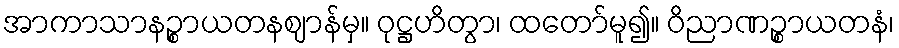
အာကာသာနဉ္စာယတနဈာန်မှ။ ဝုဋ္ဌဟိတွာ၊ ထတော်မူ၍။ ဝိညာဏဉ္စာယတနံ၊